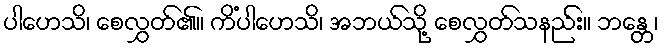
ပါဟေသိ၊ စေလွှတ်၏။ ကိံပါဟေသိ၊ အဘယ်သို့ စေလွှတ်သနည်း။ ဘန္တေ၊